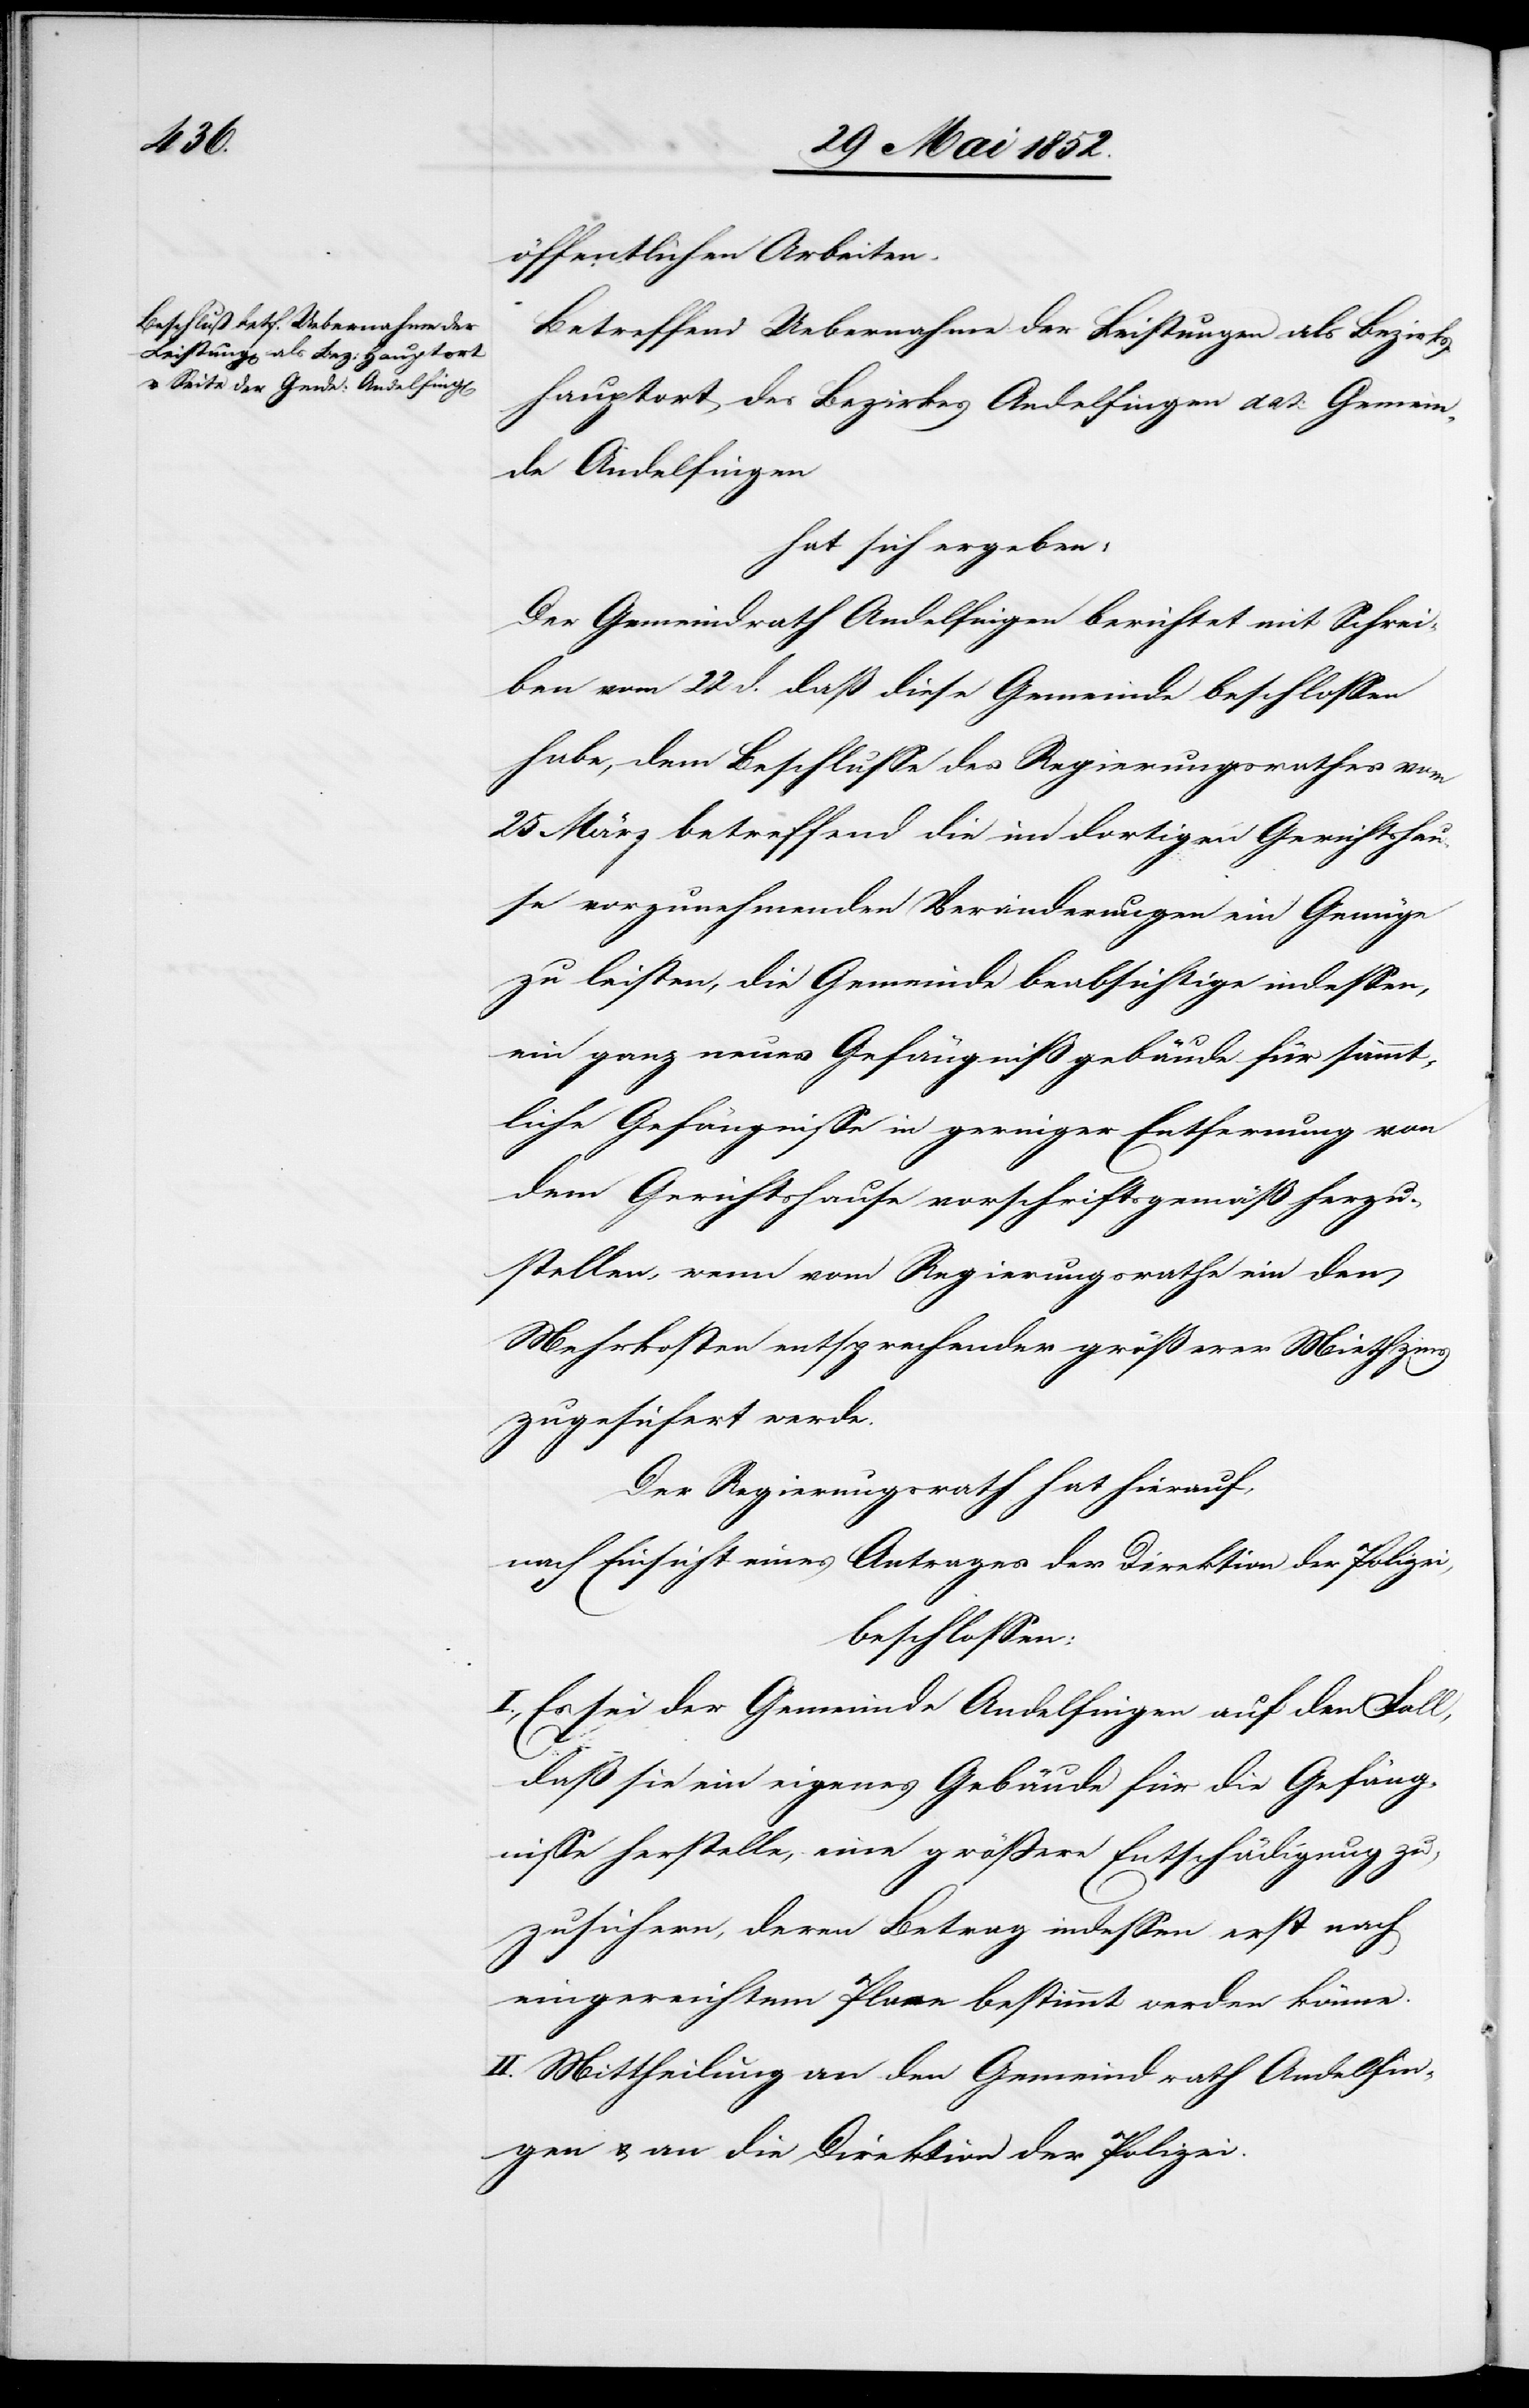
öffentlichen Arbeiten.
Betreffend Uebernahme der Leistungen als Bezirks¬
hauptort des Bezirkes Andelfingen dat: Gemein¬
de Andelfingen
hat sich ergeben:
Der Gemeindrath Andelfingen berichtet mit Schrei¬
ben vom 22 d. daß diese Gemeinde beschlossen
habe, dem Beschlusse des Regierungsrathes vom
25 März betreffend die im dortigen Gerichtshau¬
se vorzunehmenden Veränderungen ein Genüge
zu leisten, die Gemeinde beabsichtige indessen,
ein ganz neues Gefängnißgebäude für sämmt¬
liche Gefängnisse in geringer Entfernung von
dem Gerichtshause vorschriftsgemäß herzu¬
stellen, wenn vom Regierungsrathe ein den
Mehrkosten entsprechender größerer Miethzins
zugesichert werde.
Der Regierungsrath hat hierauf,
nach Einsicht eines Antrages der Direktion der Polizei,
beschlossen:
I., Es sei der Gemeinde Andelfingen auf den Fall,
daß sie ein eigenes Gebäude für die Gefäng¬
nisse herstelle, eine grössere Entschädigung zu¬
zusichern, deren Betrag indessen erst nach
eingereichtem Plane bestimmt werden könne.
II. Mittheilung an den Gemeindrath Andelfin¬
gen & an die Direktion der Polizei.